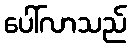
ပေါ်လာသည်